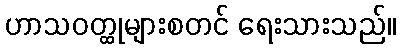
ဟာသဝတ္ထုများစတင် ရေးသားသည်။